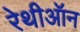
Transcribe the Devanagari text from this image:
रेथीऑन